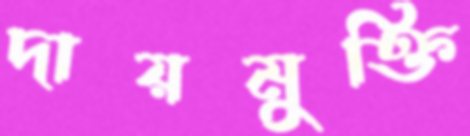
দায়মুক্তি